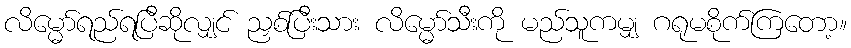
လိမ္မော်ရည်ရပြီဆိုလျှင် ညှစ်ပြီးသား လိမ္မော်သီးကို မည်သူကမျှ ဂရုမစိုက်ကြတော့။